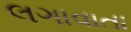
લગાવાતા